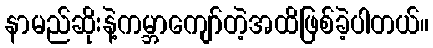
နာမည်ဆိုးနဲ့ကမ္ဘာကျော်တဲ့အထိဖြစ်ခဲ့ပါတယ်။